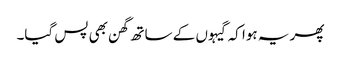
پھر یہ ہوا کہ گیہوں کے ساتھ گھن بھی پس گیا۔